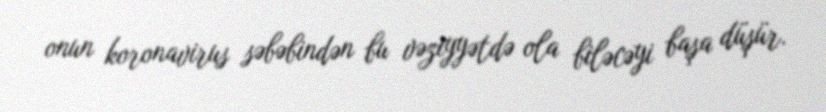
onun koronavirus səbəbindən bu vəziyyətdə ola biləcəyi başa düşür.